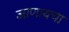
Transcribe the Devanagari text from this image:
जाणायचा